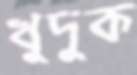
খুদুক